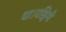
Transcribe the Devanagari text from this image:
था।पश्चिमी